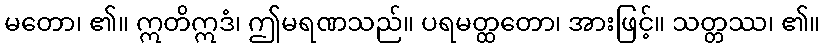
မတော၊ ၏။ ဣတိဣဒံ၊ ဤမရဏသည်။ ပရမတ္ထတော၊ အားဖြင့်။ သတ္တဿ၊ ၏။